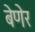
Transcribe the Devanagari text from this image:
बेणेर